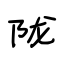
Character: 陇